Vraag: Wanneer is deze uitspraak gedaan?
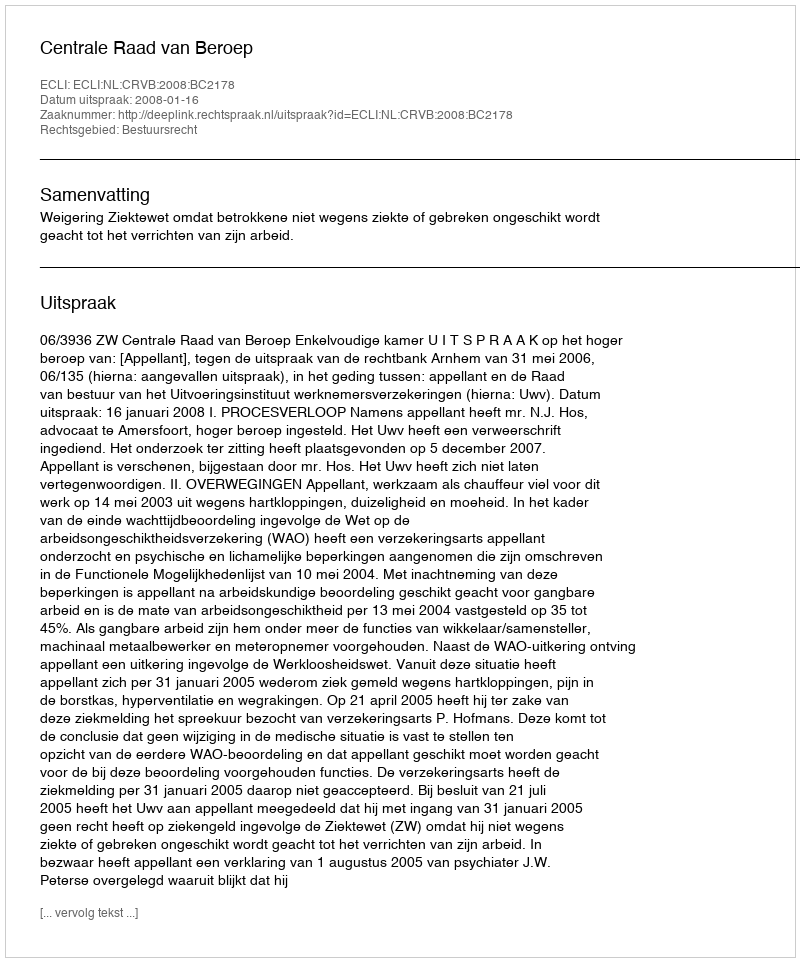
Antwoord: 2008-01-16